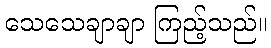
သေသေချာချာ ကြည့်သည်။